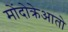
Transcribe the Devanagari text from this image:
मोंदोक्रेआतो